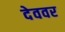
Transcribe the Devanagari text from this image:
देववर